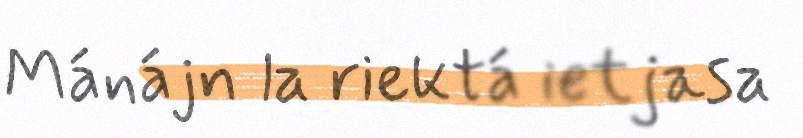
Mánájn la riektá ietjasa